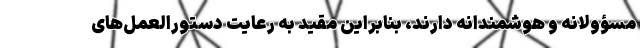
مسؤولانه و هوشمندانه دارند، بنابراین مقید به رعایت دستورالعمل‌های